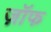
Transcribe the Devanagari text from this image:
ज़ॉफ